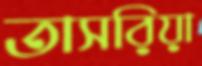
তাসরিয়া